Annual report of the Imperial Bacteriologist
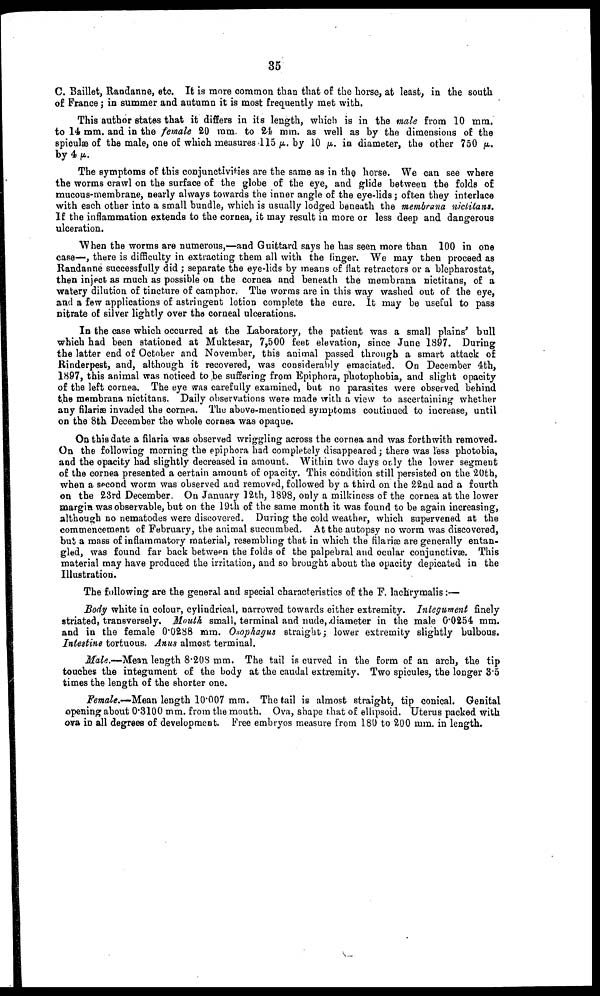
35
C. Baillet, Randanne, etc. It is more common than that of the horse, at least, in the south
of France ; in summer and autumn it is most frequently met with.
This author states that it differs in its length, which is in the male from 10 mm.
to 14 mm. and in the female 20 mm. to 24 mm. as well as by the dimensions of the
spiculæ of the male, one of which measures 115Μ. by 10 μ. in diameter, the other 750 μ.
by 4 μ.
The symptoms of this conjunctivities are the same as in the horse. We can see where
the worms crawl on the surface of the globe of the eye, and glide between the folds of
mucous-membrane, nearly always towards the inner angle of the eye-lids; often they interlace
with each other into a small bundle, which is usually lodged beneath the membrana nictitans.
If the inflammation extends to the cornea, it may result in more or less deep and dangerous
ulceration.
When the worms are numerous,—and Guittard says he has seen more than 100 in one
case—, there is difficulty in extracting them all with the finger. We may then proceed as
Randanne successfully did ; separate the eye-lids by means of flat retractors or a blepharostat,
then inject as much as possible on the cornea and beneath the membrana nictitans, of a
watery dilution of tincture of camphor. The worms are in this way washed out of the eye,
and a few applications of astringent lotion complete the cure. It may be useful to pass
nitrate of silver lightly over the corneal ulcerations.
In the case which occurred at the Laboratory, the patient was a small plains' bull
which had been stationed at Muktesar, 7,500 feet elevation, since June 1897. During
the latter end of October and November, this animal passed through a smart attack of
Rinderpest, and, although it recovered, was considerably emaciated. On December 4th,
1897, this animal was noticed to be suffering from Epiphora, photophobia, and slight opacity
of the left cornea. The eye was carefully examined, but no parasites were observed behind
the membrana nictitans. Daily observations were made with a view to ascertaining whether
any filariæ invaded the cornea. The above-mentioned symptoms continued to increase, until
on the 8th December the whole cornea was opaque.
On this date a filaria was observed wriggling across the cornea and was forthwith removed.
On the following morning the epiphora had completely disappeared; there was less photobia,
and the opacity had slightly decreased in amount. Within two days only the lower segment
of the cornea presented a certain amount of opacity. This condition still persisted on the 20th,
when a second worm was observed and removed, followed by a third on the 22nd and a fourth
on the 23rd December. On January 12th, 1898, only a milkiness of the cornea at the lower
margin was observable, but on the 19th of the same month it was found to be again increasing,
although no nematodes were discovered. During the cold weather, which supervened at the
commencement of February, the animal succumbed. At the autopsy no worm was discovered,
but a mass of inflammatory material, resembling that in which the filariæ are generally entan-
gled, was found far back between the folds of the palpebral and ocular conjunctivæ. This
material may have produced the irritation, and so brought about the opacity depicated in the
Illustration.
The following are the general and special characteristics of the F. lachrymalis :-—
Body white in colour, cylindrical, narrowed towards either extremity. Integument finely
striated, transversely. Mouth small, terminal and nude, diameter in the male 0.0254 mm.
and in the female 0.0288 mm. Osophagus straight ; lower extremity slightly bulbous.
Intestine tortuous. Anus almost terminal.
Male.—Mean length 8.208 mm. The tail is curved in the form of an arch, the tip
touches the integument of the body at the caudal extremity. Two spicules, the longer 3.5
times the length of the shorter one.
Female.—Mean length 10.007 mm. The tail is almost straight, tip conical. Genital
opening about 0.3100 mm. from the mouth. Ova, shape that of ellipsoid. Uterus packed with
ova in all degrees of development. Free embryos measure from 180 to 200 mm. in length.